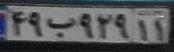
۴۹ب۹۲۹۱۱